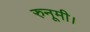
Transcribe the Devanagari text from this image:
रुनूमी।